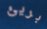
بريئ